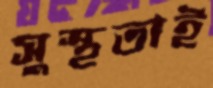
সুস্থতাই